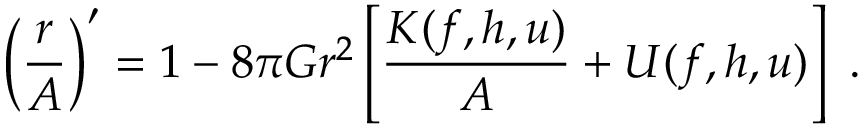
\left( \frac r A \right) ^ { \prime } = 1 - 8 \pi G r ^ { 2 } \left[ \frac { { \cal K } ( f , h , u ) } A + { \cal U } ( f , h , u ) \right] \ .